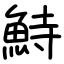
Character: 𩶬